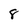
Character: 8